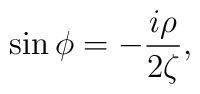
\sin\phi=-\frac{i\rho}{2\zeta},